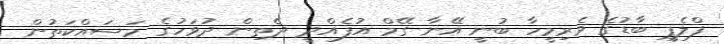
ފްލެޕީ ބާޑުގެ ވެރިމީހާ ބުނީ އޭނާ ގޭމް އުފެއްދީ ދެތިން ދުވަހުގެ މަސައްކަތުން